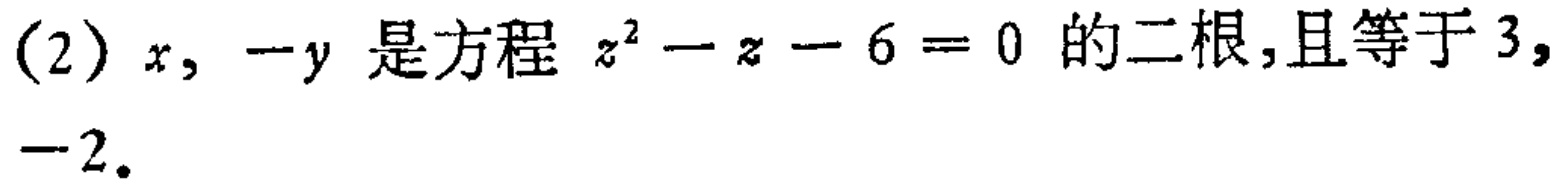
(2) \(x,-y\) 是方程 \(z^{2}-z - 6 = 0\) 的二根,且等于 \(3,\)
\(-2\).